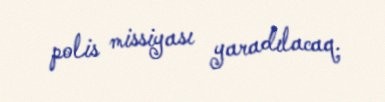
polis missiyası yaradılacaq.